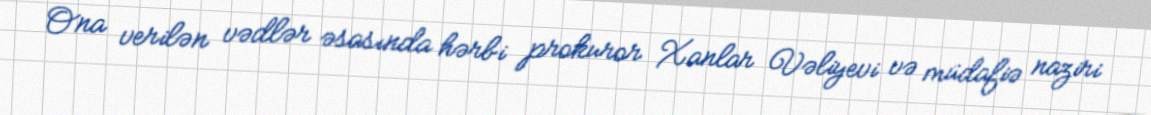
Ona verilən vədlər əsasında hərbi prokuror Xanlar Vəliyevi və müdafiə naziri